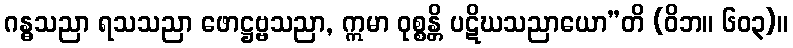
ဂန္ဓသညာ ရသသညာ ဖောဋ္ဌဗ္ဗသညာ, ဣမာ ဝုစ္စန္တိ ပဋိဃသညာယော”တိ (ဝိဘ။ ၆၀၃)။